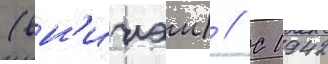
(вн'ииэм) // С 1942